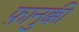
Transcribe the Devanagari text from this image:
फ़ानुक्की